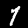
Label: 7